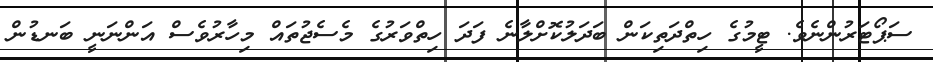
ސަޕޯޓަރުންނެވެ. ޓީމުގެ ހިތްދަތިކަން ބަދަލުކޮށްލާނެ ފަދަ ހިތްވަރުގެ މެސެޖުތައް މިހާރުވެސް އަންނަނީ ބަނޑުން